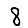
Digit: 8